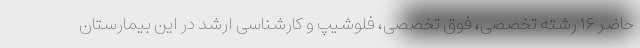
حاضر ۱۶ رشته تخصصی، فوق تخصصی، فلوشیپ و کارشناسی ارشد در این بیمارستان